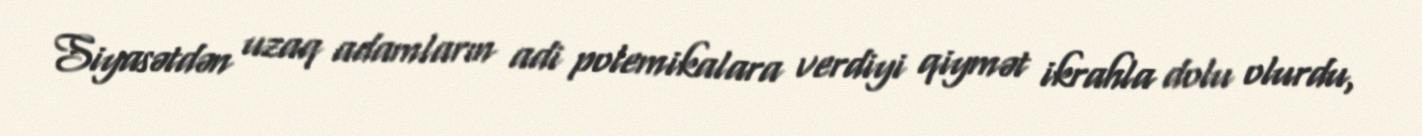
Siyasətdən uzaq adamların adi polemikalara verdiyi qiymət ikrahla dolu olurdu,